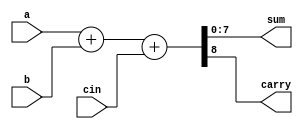
module adder_dataflow(sum,carry,a,b,cin);
	input [7:0] a,b;
	input cin;
	output [7:0] sum;
	output carry;
	assign {carry,sum}=a+b+cin;
endmodule